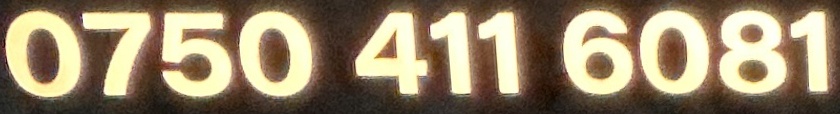
0750 411 6081